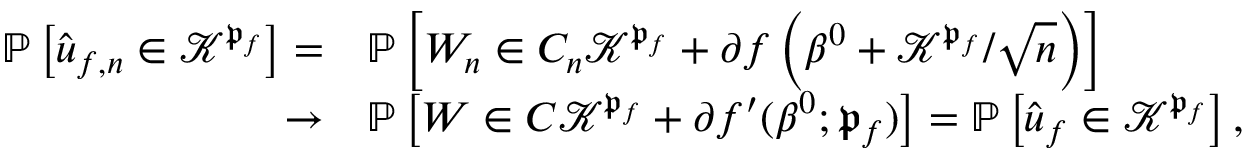
\begin{array} { r l } { \mathbb { P } \left[ \widehat { \boldsymbol { u } } _ { f , n } \in \mathcal { K } ^ { \mathfrak { p } _ { f } } \right] = } & { \mathbb { P } \left[ W _ { n } \in C _ { n } \mathcal { K } ^ { \mathfrak { p } _ { f } } + \partial f \left( \beta ^ { 0 } + \mathcal { K } ^ { \mathfrak { p } _ { f } } / \sqrt { n } \right) \right] } \\ { \rightarrow } & { \mathbb { P } \left[ W \in C \mathcal { K } ^ { \mathfrak { p } _ { f } } + \partial f ^ { \prime } ( \beta ^ { 0 } ; \mathfrak { p } _ { f } ) \right] = \mathbb { P } \left[ \widehat { \boldsymbol { u } } _ { f } \in \mathcal { K } ^ { \mathfrak { p } _ { f } } \right] , } \end{array}